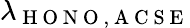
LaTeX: \lambda_{\mathrm{~H~O~N~O~,~A~C~S~E~}}